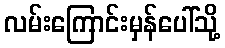
လမ်းကြောင်းမှန်ပေါ်သို့